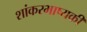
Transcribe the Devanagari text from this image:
शांकरभाष्यकी